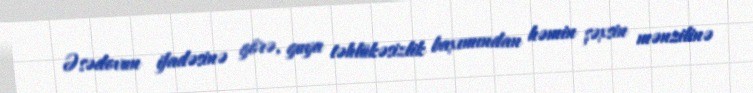
Əsədovun ifadəsinə görə, guya təhlükəsizlik baxımından həmin şəxsin mənzilinə